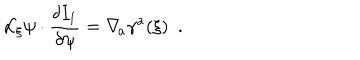
{ \cal L } _ { \xi } \psi \cdot { \frac { \delta I _ { 1 } } { \delta \psi } } = \nabla _ { \! a } \gamma ^ { a } ( \xi ) \ \ .